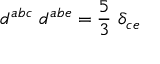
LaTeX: d ^ { a b c } ~ d ^ { a b e } = \frac { 5 } { 3 } ~ \delta _ { c e }